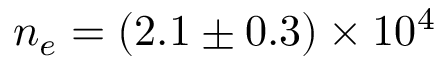
n _ { e } = ( 2 . 1 \pm 0 . 3 ) \times 1 0 ^ { 4 }